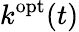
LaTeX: k^{\mathrm{opt}}(t)